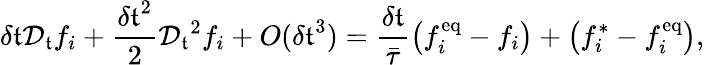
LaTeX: \delta\mathfrak{t}\mathcal{{D}}_{\mathfrak{t}}f_{i}+\frac{{{\delta\mathfrak{t}}^{2}}}{{2}}{\mathcal{{D}}_{\mathfrak{t}}}^{2}f_{i}+{O}({\delta\mathfrak{t}}^{3})=\frac{{\delta\mathfrak{t}}}{{\bar{{\tau}}}}\left(f_{i}^{\mathrm{{eq}}}-f_{i}\right)+\left(f_{i}^{*}-f_{i}^{\mathrm{{eq}}}\right),